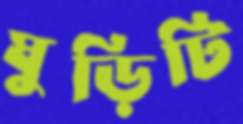
ঘুড়িটি